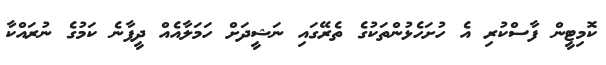
ކޮމިޓީން ފާސްކުރި އެ ހުށަހެޅުންތަކުގެ ތެރޭގައި ނަޝީދަށް ހަމަލާއެއް ދީފާނެ ކަމުގެ ނުރައްކާ